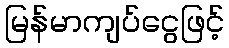
မြန်မာကျပ်ငွေဖြင့်